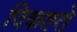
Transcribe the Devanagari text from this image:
दिकह्ते